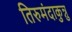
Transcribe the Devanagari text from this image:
तिरुमंदाकुन्नु